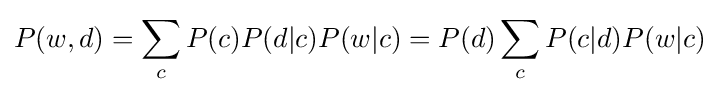
P(w,d)=\sum _{c}P(c)P(d|c)P(w|c)=P(d)\sum _{c}P(c|d)P(w|c)